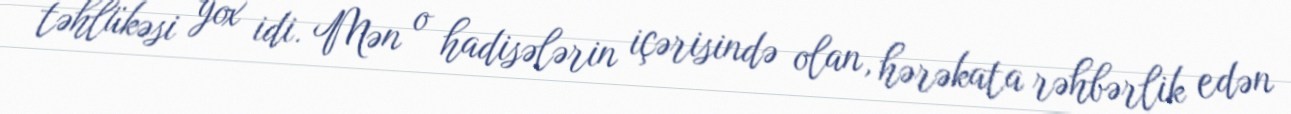
təhlükəsi yox idi. Mən o hadisələrin içərisində olan, hərəkata rəhbərlik edən